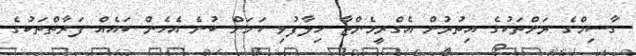
ގާސިމްގެ ރަށްތަކުގެ އިތުރުން އެގްރީމެންޓާ ހިލާފުވި ކަމަށް ބުނެ އެހެން ބައެއް ފަރާތްތަކުގެ